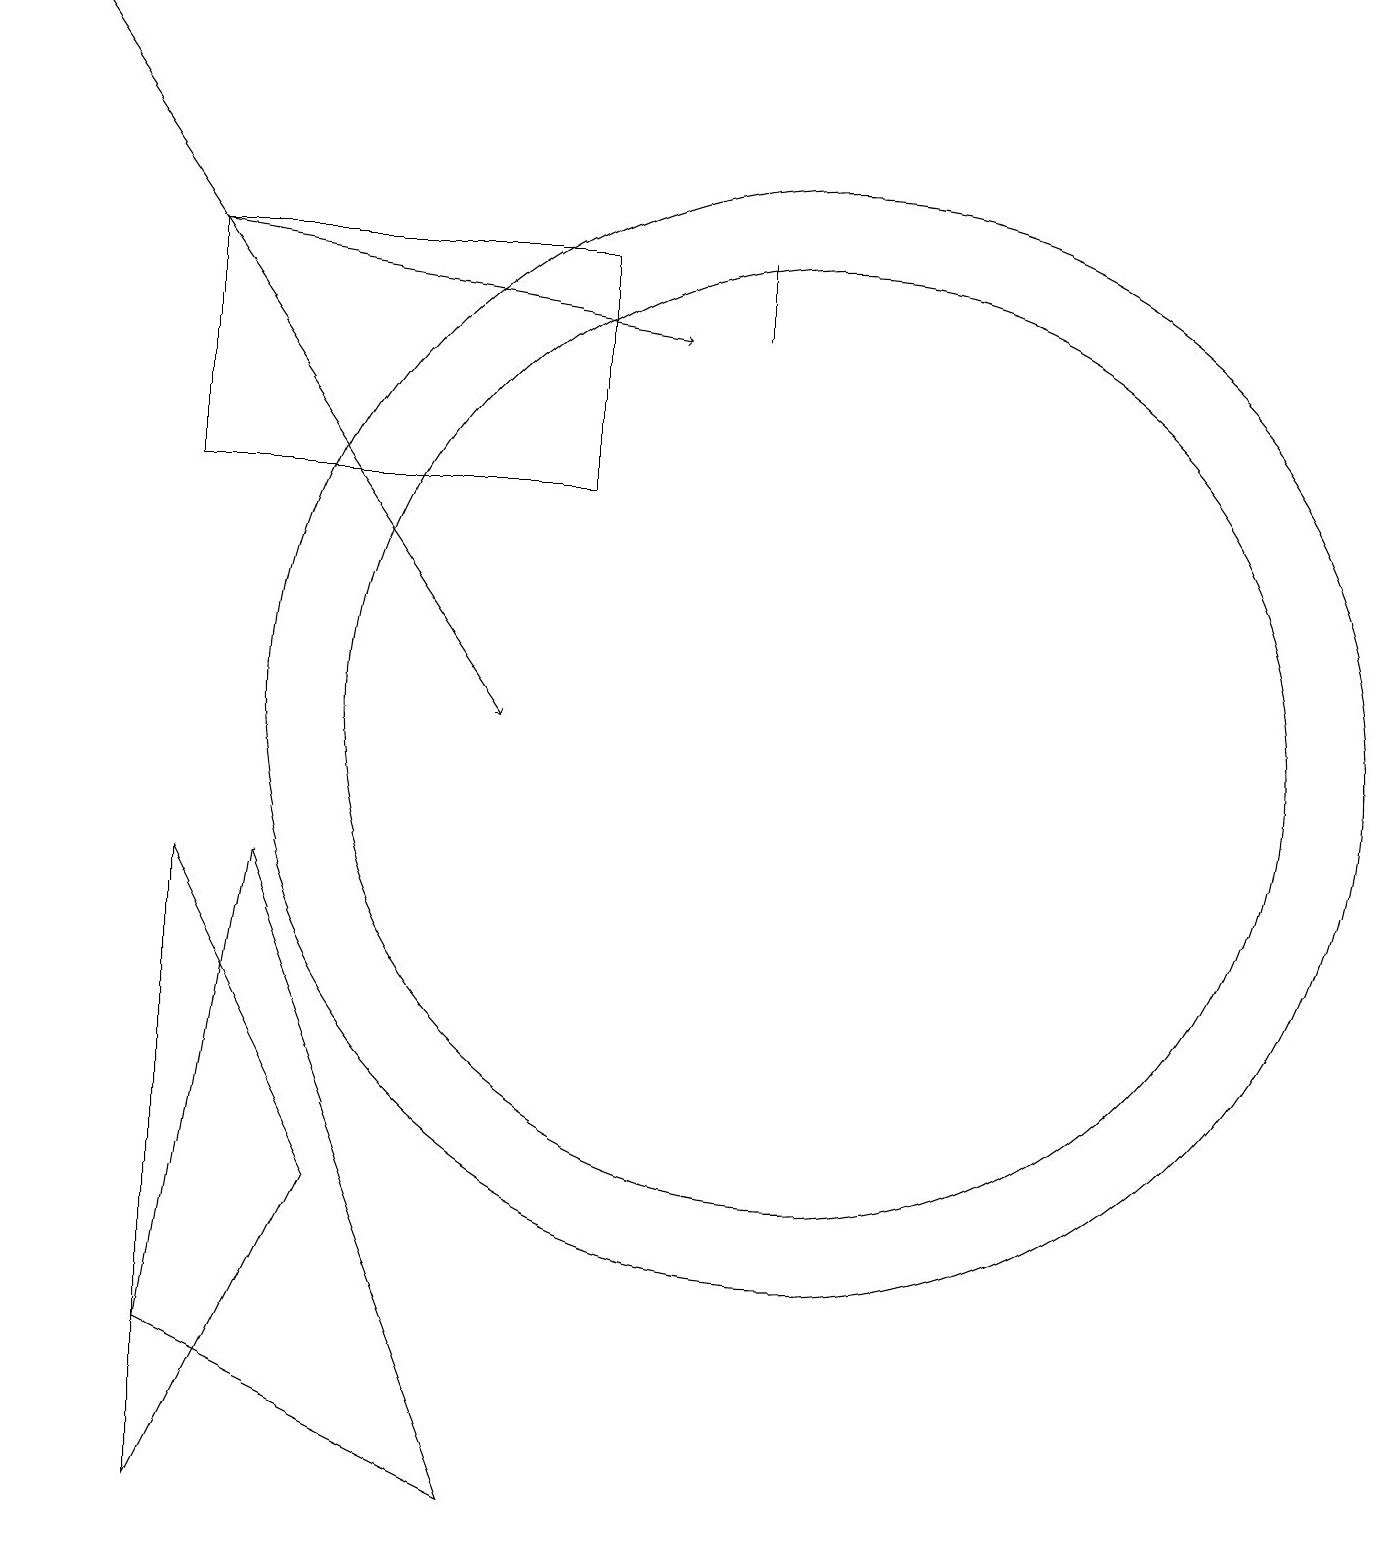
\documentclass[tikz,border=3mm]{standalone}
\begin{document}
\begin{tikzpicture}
\draw (7,16) rectangle (2,13);
\draw (9,16) rectangle (9,15);
\draw (10,10) circle (7);
\draw[->] (0,19) -- (6,10);
\draw[->] (2,16) -- (8,15);
\draw (6,0) -- (2,2) -- (3,8) -- cycle;
\draw (10,10) circle (6);
\draw (2,0) -- (2,8) -- (4,4) -- cycle;
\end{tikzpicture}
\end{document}